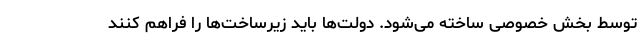
توسط بخش خصوصی ساخته می‌شود. دولت‌ها باید زیرساخت‌ها را فراهم کنند